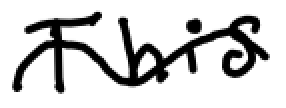
Text: This
Cross-out: wave
Writing tool: digital_black